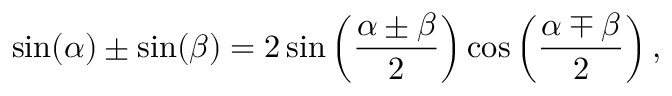
\sin ( \alpha ) \pm \sin ( \beta ) = 2 \sin \left( { \frac { \alpha \pm \beta } { 2 } } \right) \cos \left( { \frac { \alpha \mp \beta } { 2 } } \right) ,